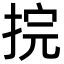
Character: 捖